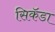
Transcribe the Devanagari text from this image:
सिकॅडा